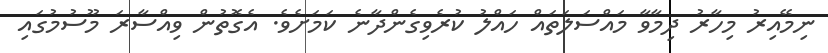
ނިމޭއިރު މިހާރު ދިމާވާ މައްސަލަތައް ހައްލު ކުރެވިގެންދާނެ ކަމަށެވެ. އެގޮތުން ވިއްސާރަ މޫސުމުގައި